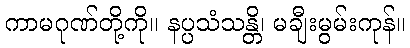
ကာမဂုဏ်တို့ကို။ နပ္ပသံသန္တိ၊ မချီးမွမ်းကုန်။